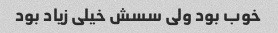
خوب بود ولی سسش خیلی زیاد بود